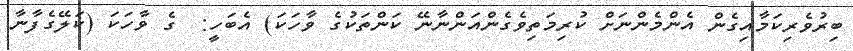
ބިރުވެރިކަމާއިގެން އެންމެންނަށް ކުރިމަތިވެގެންއަންނާނޭ ކަންތަކުގެ ވާހަކަ) އެބަހީ:  ގެ ވާހަކަ (ކަލޭގެފާނާ